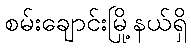
စမ်းချောင်းမြို့နယ်ရှိ